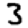
Digit: 3